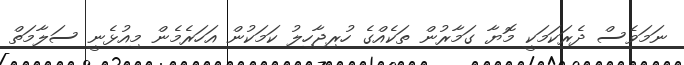
ނަމަވެސް ދެރަކަމަކީ މޮޔާ ގަމާރުން ތަކެއްގެ ހުރިޖާހިލު ކަމަކުން އަހަރެމެން މިއުޅެނީ ސަލާމަތް